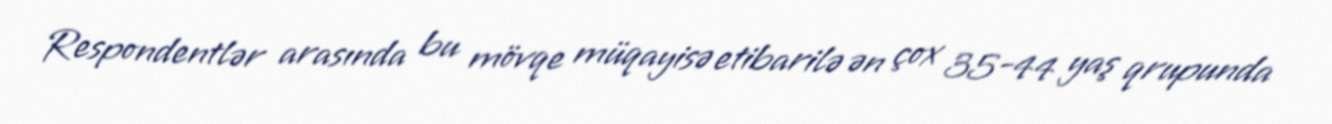
Respondentlər arasında bu mövqe müqayisə etibarilə ən çox 35-44 yaş qrupunda